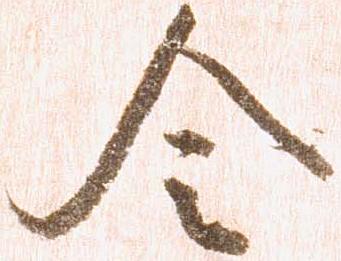
令